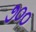
૭૦૦